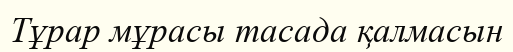
Тұрар мұрасы тасада қалмасын